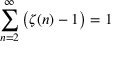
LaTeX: \sum _ { n = 2 } ^ { \infty } { \bigl ( } \zeta ( n ) - 1 { \bigr ) } = 1